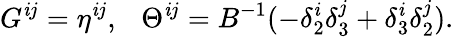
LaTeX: G^{\mathit{i}j}=\eta^{\mathit{i}j},\ \ \ \Theta^{\mathit{i}j}=B^{-1}(-\delta_{2}^{\mathit{i}}\delta_{3}^{j}+\delta_{3}^{\mathit{i}}\delta_{2}^{j}).